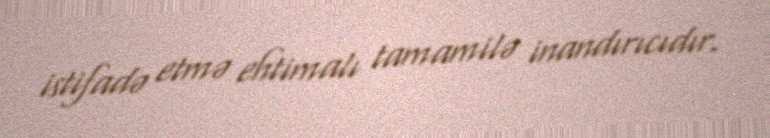
istifadə etmə ehtimalı tamamilə inandırıcıdır.